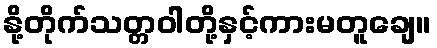
နို့တိုက်သတ္တဝါတို့နှင့်ကားမတူချေ။